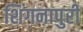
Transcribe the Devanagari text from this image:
शिंगनापुरी